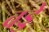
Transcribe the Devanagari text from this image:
वड्डे